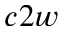
c 2 w